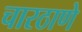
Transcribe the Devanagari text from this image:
चारठाणे